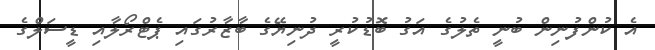
އެ ކުންފުނިން ބުނީ ތެލުގެ އަގު ބޮޑުކުރީ ދުނިޔޭގެ ބާޒާރުގައި ޕެޓްރޯލާއި ޑީސަލްގެ